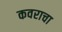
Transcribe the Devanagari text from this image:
कवराचा